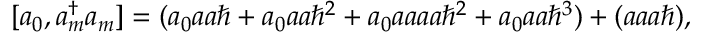
[ a _ { 0 } , a _ { m } ^ { \dagger } a _ { m } ] = ( a _ { 0 } a a \hbar + a _ { 0 } a a \hbar ^ { 2 } + a _ { 0 } a a a a \hbar ^ { 2 } + a _ { 0 } a a \hbar ^ { 3 } ) + ( a a a \hbar ) ,